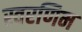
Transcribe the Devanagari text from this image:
स्वरणिम